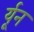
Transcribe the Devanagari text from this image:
र्यून